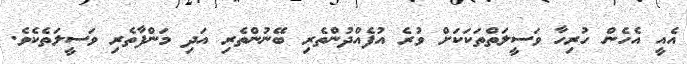
އެއީ އެހެން ހުރިހާ ވަސީލަތްތަކަކަށް ވުރެ އުފެއްދުންތެރި ބޭނުންތެރި އަދި މަންފާތެރި ވަސީލަތެކެވެ.